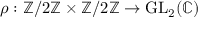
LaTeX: \rho : \mathbb { Z } / 2 \mathbb { Z } \times \mathbb { Z } / 2 \mathbb { Z } \to { \mathrm { G L } } _ { 2 } ( \mathbb { C } )